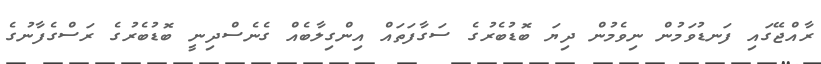
ރާއްޖޭގައި ފަނޑުވަމުން ނިވެމުން ދިޔަ ބޮޑުބެރުގެ ސަގާފަތައް އިންގިލާބެއް ގެނެސްދިނީ ބޮޑުބެރުގެ ރަސްގެފާނުގެ